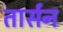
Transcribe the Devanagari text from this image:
तार्सन